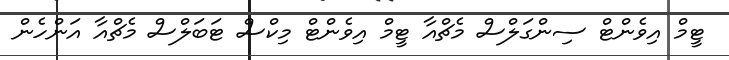
ޓީމް އިވެންޓް ސިންގަލްސް މެޗްއާ ޓީމް އިވެންޓް މިކްސް ޓަބަލްސް މެޗްއާ އަންހެން